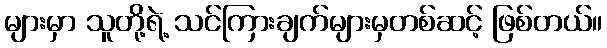
များမှာ သူတို့ရဲ့ သင်ကြားချက်များမှတစ်ဆင့် ဖြစ်တယ်။